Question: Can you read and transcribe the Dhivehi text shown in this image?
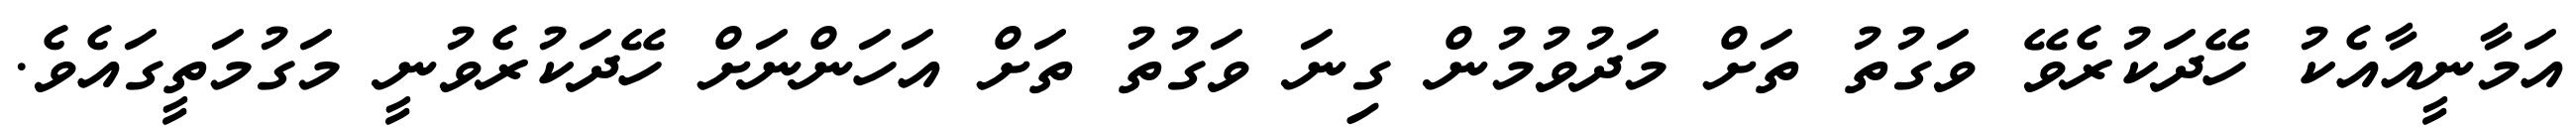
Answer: އަމާނީއާއެކު ހޭދަކުރެވޭ ވަގުތު ތަށް މަދުވުމުން ގިނަ ވަގުތު ތަށް އަހަންނަށް ހޭދަކުރެވުނީ މަގުމަތީގައެވެ.